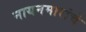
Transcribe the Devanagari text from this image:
नायनमारांचे